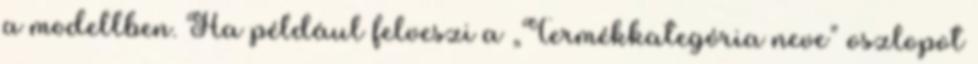
a modellben. Ha például felveszi a „Termékkategória neve” oszlopot